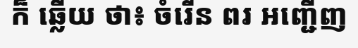
ក៏ ឆ្លើយ ថា៖ ចំរើន ពរ អញ្ជើញ